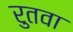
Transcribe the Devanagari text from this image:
रुतवा